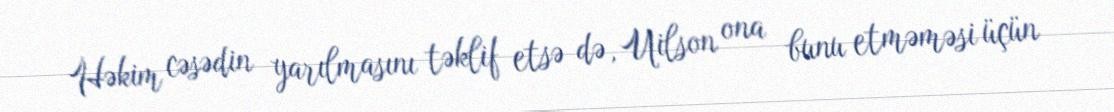
Həkim cəsədin yarılmasını təklif etsə də, Uilson ona bunu etməməsi üçün